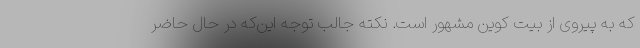
که به پیروی از بیت کوین مشهور است. نکته جالب توجه این‌که در حال حاضر